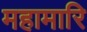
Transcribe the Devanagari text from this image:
महामारि